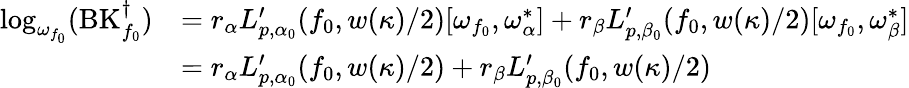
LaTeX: \begin{array}{r}{\begin{array}{rl}{\log_{\omega_{f_{0}}}(\mathrm{BK}_{f_{0}}^{\dagger})}&{=r_{\alpha}L_{p,\alpha_{0}}^{\prime}(f_{0},{w(\kappa)}/{2})[\omega_{f_{0}},\omega_{\alpha}^{*}]+r_{\beta}L_{p,\beta_{0}}^{\prime}(f_{0},{w(\kappa)}/{2})[\omega_{f_{0}},\omega_{\beta}^{*}]}\\ &{=r_{\alpha}L_{p,\alpha_{0}}^{\prime}(f_{0},{w(\kappa)}/{2})+r_{\beta}L_{p,\beta_{0}}^{\prime}(f_{0},{w(\kappa)}/{2})}\end{array}}\end{array}